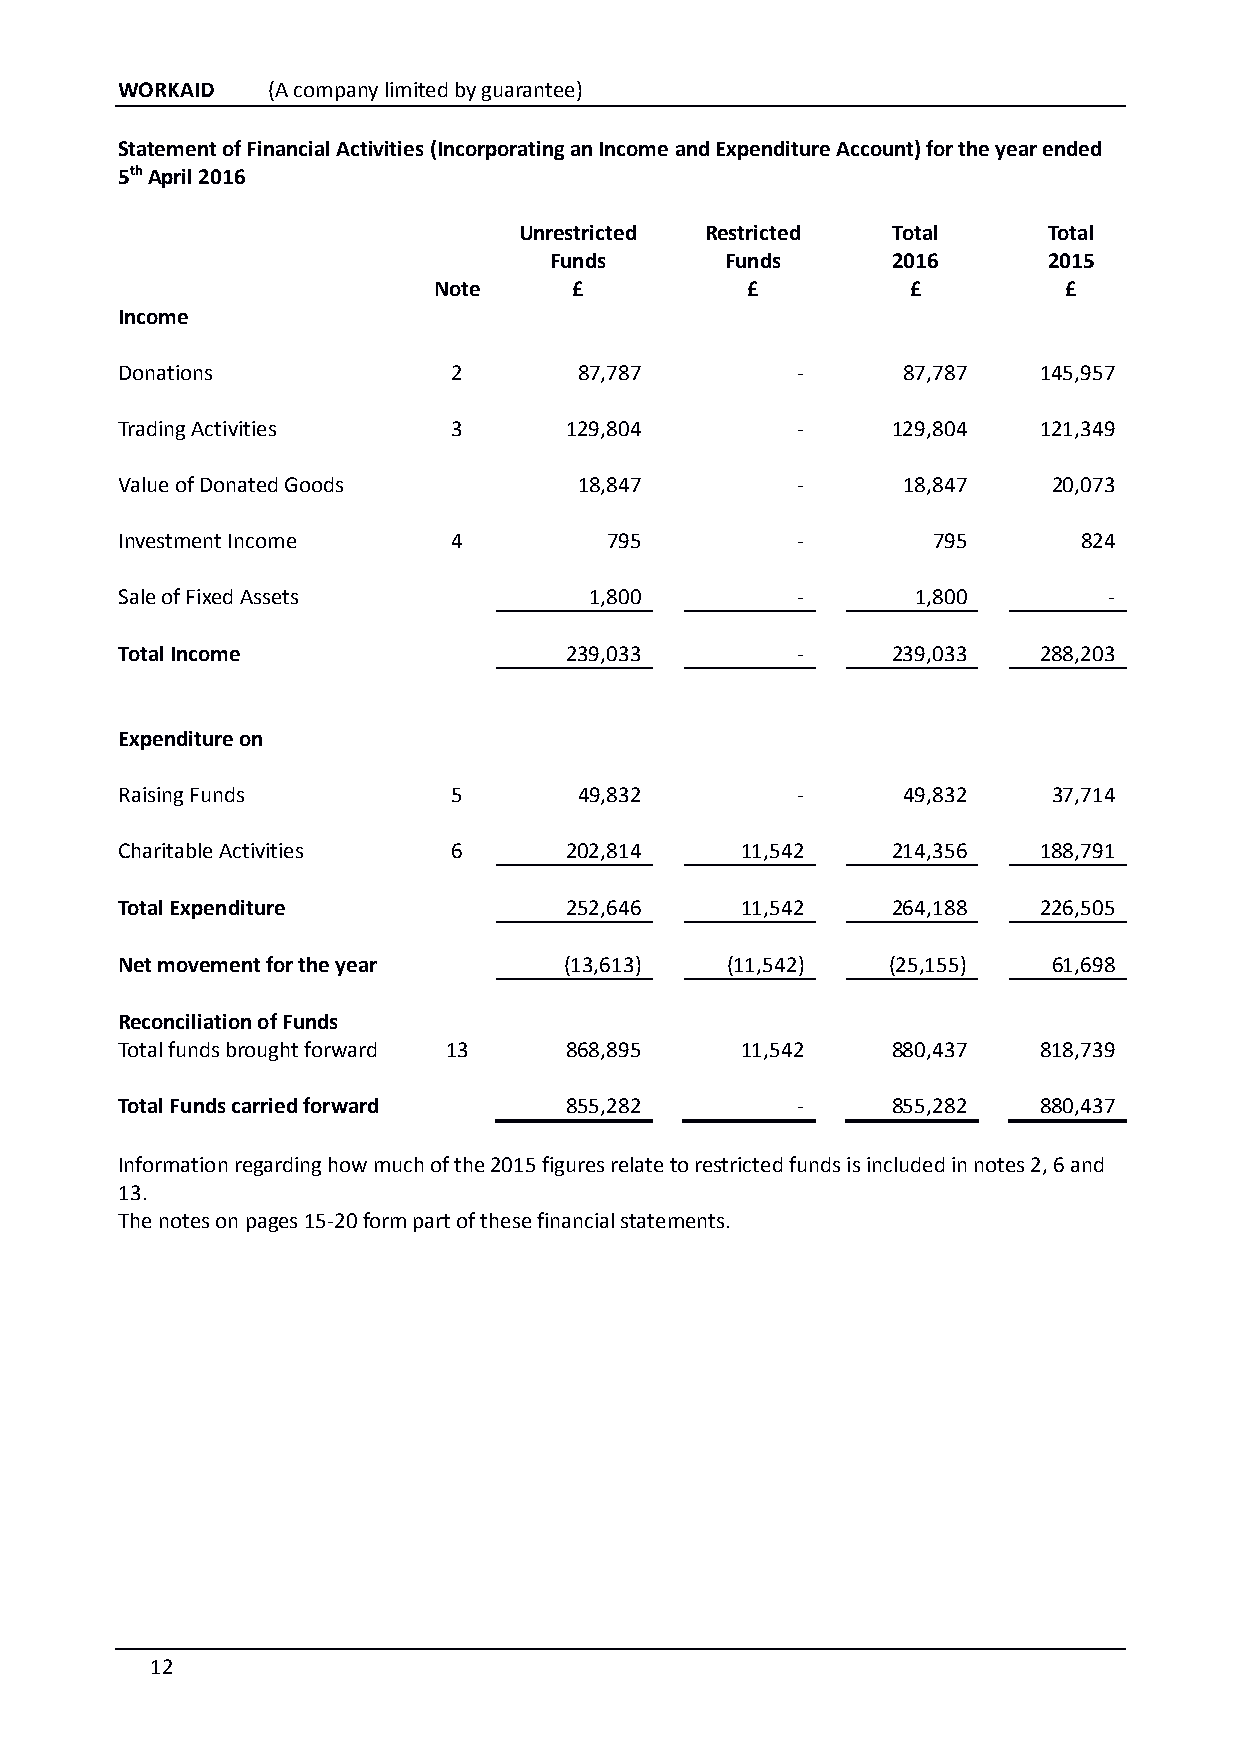
WORKAID   (A company limited by guarantee)
 Statement of Financial Activities (Incorporating an Income and Expenditure Account) for the year ended
 5th April 2016
 Unrestricted Restricted  Total     Total
 Funds       Funds      2016      2015
 Note     £          £          £         £
 Income
 Donations             2       87,787         -      87,787   145,957
 Trading Activities    3      129,804         -     129,804   121,349
 Value of Donated Goods        18,847         -      18,847    20,073
 Investment Income     4         795          -        795       824
 Sale of Fixed Assets           1,800         -       1,800       -
 Total Income                 239,033         -     239,033   288,203
 Expenditure on
 Raising Funds         5       49,832         -      49,832    37,714
 Charitable Activities 6      202,814     11,542    214,356   188,791
 Total Expenditure            252,646     11,542    264,188   226,505
 Net movement for the year    (13,613)   (11,542)   (25,155)   61,698
 Reconciliation of Funds
 Total funds brought forward 13 868,895   11,542    880,437   818,739
 Total Funds carried forward  855,282         -     855,282   880,437
 Information regarding how much of the 2015 figures relate to restricted funds is included in notes 2, 6 and
 13.
 The notes on pages 15-20 form part of these financial statements.
 12